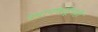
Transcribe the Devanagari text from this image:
स्थानकांहूनही